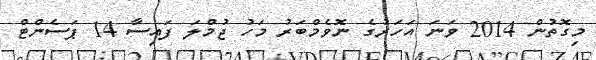
މިގޮތުން 2014 ވަނަ އަހަރުގެ ނޮވެމްބަރު މަހު ޖުމްލަ ފައިސާ 14 ޕަސެންޓް